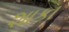
શાકા